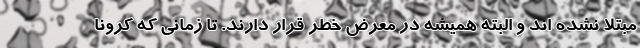
مبتلا نشده اند و البته همیشه در معرض خطر قرار دارند. تا زمانی که کرونا